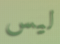
ليس